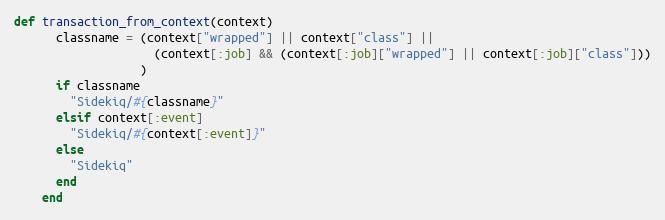
Language: Ruby
def transaction_from_context(context)
      classname = (context["wrapped"] || context["class"] ||
                    (context[:job] && (context[:job]["wrapped"] || context[:job]["class"]))
                  )
      if classname
        "Sidekiq/#{classname}"
      elsif context[:event]
        "Sidekiq/#{context[:event]}"
      else
        "Sidekiq"
      end
    end